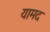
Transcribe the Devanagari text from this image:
यामद